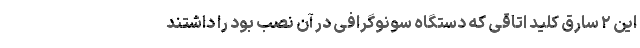
این ۲ سارق کلید اتاقی که دستگاه سونوگرافی در آن نصب بود را داشتند